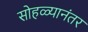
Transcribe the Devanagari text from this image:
सोहळ्यानंतर